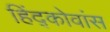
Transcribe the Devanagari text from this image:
हिंद्कोवांस